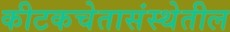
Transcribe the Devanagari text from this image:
कीटकचेतासंस्थेतील